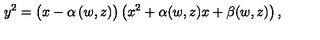
y ^ { 2 } = \left( x \vphantom { x ^ { 2 } } - \alpha \left( w , z \right) \right) \left( x ^ { 2 } + \alpha ( w , z ) x + \beta ( w , z ) \right) ,